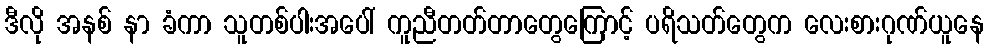
ဒီလို အနစ် နာ ခံကာ သူတစ်ပါးအပေါ် ကူညီတတ်တာတွေကြောင့် ပရိသတ်တွေက လေးစားဂုဏ်ယူနေ